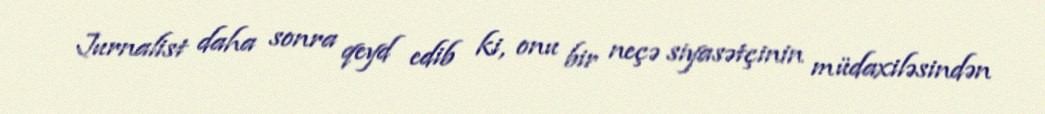
Jurnalist daha sonra qeyd edib ki, onu bir neçə siyasətçinin müdaxiləsindən